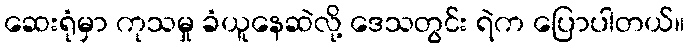
ဆေးရုံမှာ ကုသမှု ခံယူနေဆဲလို့ ဒေသတွင်း ရဲက ပြောပါတယ်။